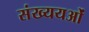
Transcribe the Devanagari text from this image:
संख्ययओं